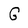
Character: G